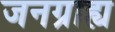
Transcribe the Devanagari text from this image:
जनग्राह्य